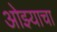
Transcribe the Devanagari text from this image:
ओझ्याचा